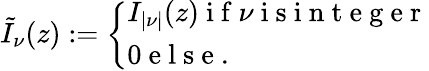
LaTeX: \begin{array}{r}{\tilde{I}_{\nu}(z):=\left\{ \begin{array}{ll}{I_{|\nu|}(z)\mathrm{~i~f~}\nu\mathrm{~i~s~i~n~t~e~g~e~r~}}\\ {0\mathrm{~e~l~s~e~.~}}\end{array}\right.}\end{array}